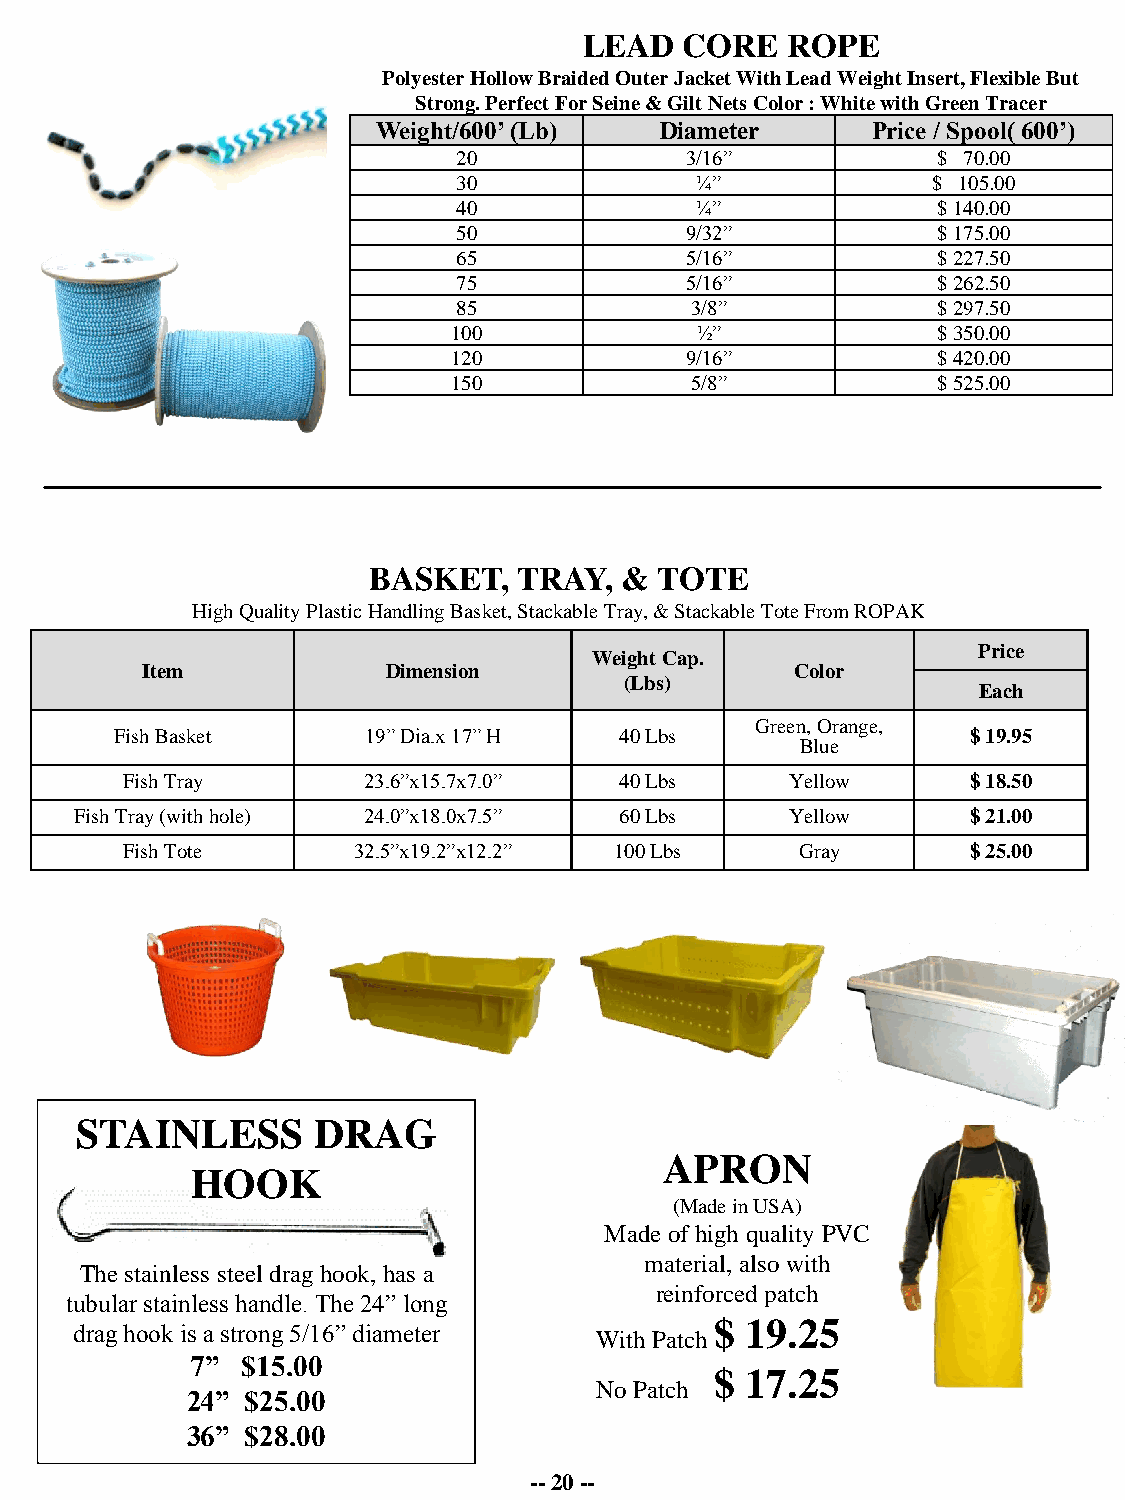
LEAD  CORE   ROPE
 Polyester Hollow Braided Outer Jacket With Lead Weight Insert, Flexible But
 Strong. Perfect For Seine & Gilt Nets Color : White with Green Tracer
 Weight/600’ (Lb)   Diameter      Price / Spool( 600’)
 20             3/16”            $ 70.00
 30              ¼”              $ 105.00
 40              ¼”              $ 140.00
 50             9/32”            $ 175.00
 65             5/16”            $ 227.50
 75             5/16”            $ 262.50
 85              3/8”            $ 297.50
 100             ½”              $ 350.00
 120            9/16”            $ 420.00
 150             5/8”            $ 525.00
 BASKET,   TRAY,  &  TOTE
 High Quality Plastic Handling Basket, Stackable Tray, & Stackable Tote From ROPAK
 Price
 Weight Cap.
 Item             Dimension                  Color
 (Lbs)
 Each
 Green, Orange,
 Fish Basket     19” Dia.x 17” H  40 Lbs                 $ 19.95
 Blue
 Fish Tray       23.6”x15.7x7.0”  40 Lbs     Yellow      $ 18.50
 Fish Tray (with hole) 24.0”x18.0x7.5” 60 Lbs   Yellow      $ 21.00
 Fish Tote      32.5”x19.2”x12.2” 100 Lbs     Gray       $ 25.00
 STAINLESS       DRAG
 APRON
 HOOK
 (Made in USA)
 Made of high quality PVC
 material, also with
 The stainless steel drag hook, has a
 reinforced patch
 tubular stainless handle. The 24” long
 $ 19.25
 drag hook is a strong 5/16” diameter With Patch
 7” $15.00
 $ 17.25
 No Patch
 24” $25.00
 36” $28.00
 -- 20 --